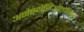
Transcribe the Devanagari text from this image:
अनेस्थेसिओलोजिस्ट